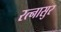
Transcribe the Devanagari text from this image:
रत्‍नासुर